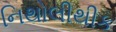
નિથોલીથીક